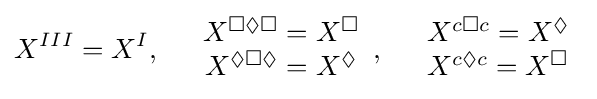
X^{III}=X^{I},\quad {\begin{array}{c}X^{\Box \Diamond \Box }=X^{\Box }\\X^{\Diamond \Box \Diamond }=X^{\Diamond }\end{array}},\quad {\begin{array}{c}X^{c\Box c}=X^{\Diamond }\\X^{c\Diamond c}=X^{\Box }\end{array}}